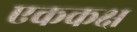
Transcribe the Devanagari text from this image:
एककक्ष